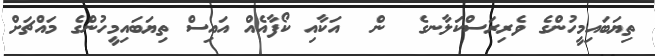
ތިޔަބައިމީހުންގެ ވެރިރަސްކަލާނގެ  ން  އަކާއި ކޯފާއެއް އައިސް ތިޔަބައިމީހުންގެ މައްޗަށް